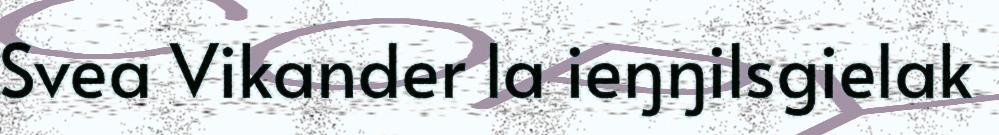
Svea Vikander la ieŋŋilsgielak